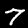
Digit: 7